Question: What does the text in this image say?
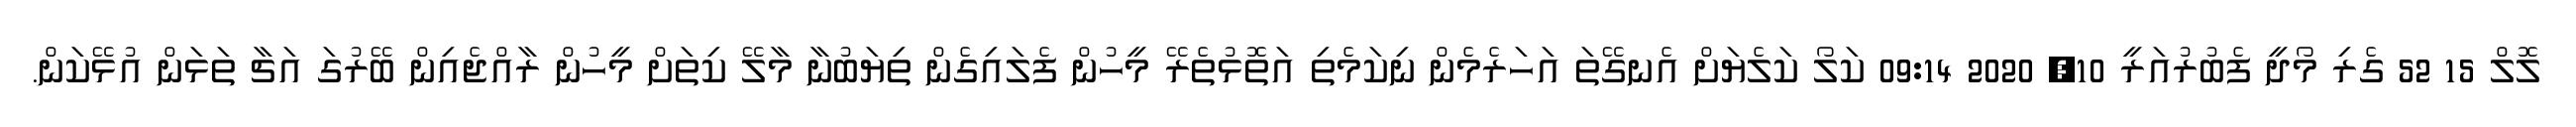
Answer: ލޮލް 15 52 ގެރި މޯދީ ފެބުރުއަރީ 10, 2020 09:14 ކަލޯ ކަލެޔަށް އެނގޭތަ އަހަރެމެން ނިކަމެތި އަތޮޅުތެރޭ މީހުން ފެލައިގެން ތިޔަބުނާ މާލޭ ކިތަށް މީހުން ރާއްޖެއިން ބޭރުގަ އަޗާ ތަޅަން އުޅޭކަން.